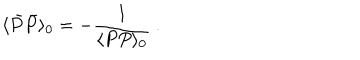
LaTeX: \langle \bar { P } \bar { P } \rangle _ { 0 } = - { \frac { 1 } { \langle P P \rangle _ { 0 } } } \ .